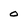
Character: 0